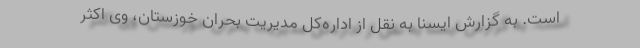
است. به گزارش ایسنا به نقل از اداره‌کل مدیریت بحران خوزستان، وی اکثر